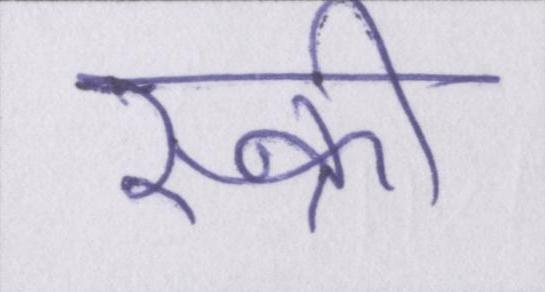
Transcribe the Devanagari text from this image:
स्क्री